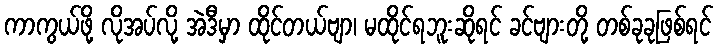
ကာကွယ်ဖို့ လိုအပ်လို့ အဲဒီမှာ ထိုင်တယ်ဗျာ၊ မထိုင်ရဘူးဆိုရင် ခင်ဗျားတို့ တစ်ခုခုဖြစ်ရင်